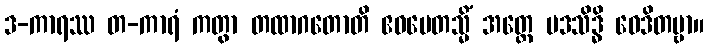
ဒ-ကာရဿ တ-ကာရံ ကတွာ တထာဂတောတိ ဧဝမေတသ္မိံ အတ္ထေ ပဒသိဒ္ဓိ ဝေဒိတဗ္ဗာ။